Indian journal of veterinary science and animal husbandry - Volumes 24-25, 1954-1955
Year: 1954
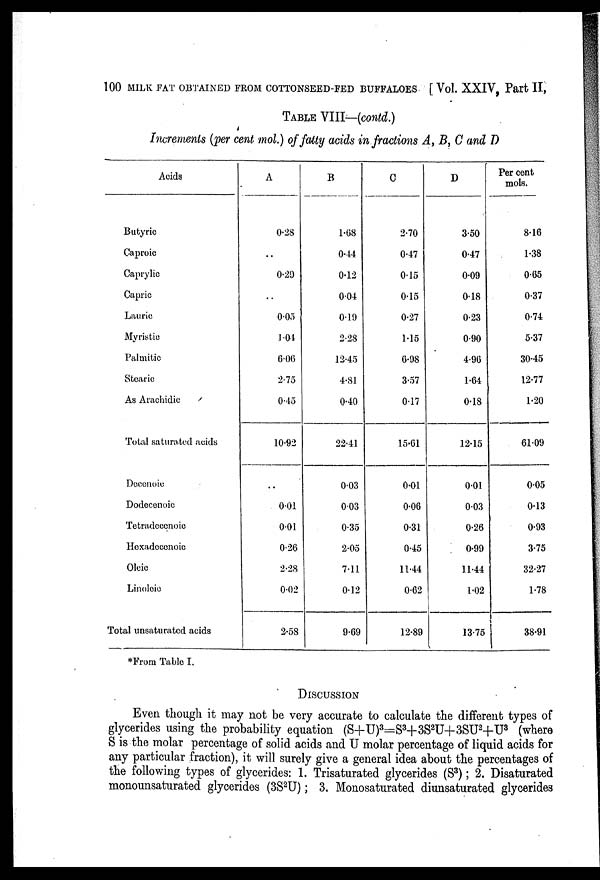
100 MILK FAT OBTAINED FROM COTTONSEED-FED BUFFALOES [Vol. XXIV, Part II,
TABLE VIII—(contd.)
Increments (per cent mol.) of fatty acids in fractions A, B, C and D
Acids
Butyric
Caproic
Caprylic
Capric
Laurie
Myristie
Palmitic
Stearic
As Arachidic
Total saturated acids
Decenoie
Dodecenoic
Tetradecenoic
Hexadecenoic
Oleic
Linoleic
Total unsaturated acids
A
0.28
..
0.29
..
0.05
1.04
6.06
2.75
0.45
10.92
..
0.01
0.01
0.26
2.28
0.02
2.58
B
1.68
0.44
0.12
0.04
0.19
2.28
12.45
4.81
0.40
22.41
0.03
0.03
0.35
2.05
7.11
0.12
9.69
C
2.70
0.47
0.15
0.15
0.27
1.15
6.98
3.57
0.17
15.01
0.01
0.06
0.31
0.45
11.44
0.62
12.89
D
3.50
0.47
0.09
0.18
0.23
0.90
4.90
1.64
0.18
12.15
0.01
0.03
0.26
0.99
11.44
1.02
13.75
Per cent
mols.
8.16
1.38
0.65
0.37
0.74
5.37
30.45
12.77
1.20
61.09
0.05
0.13
0.93
3.75
32.27
1.78
38.91
*From Table I.
DISCUSSION
Even though it may not be very accurate to calculate the different types of
glycerides using the probability equation (S+U) 3 =S 3 +3S 2 U+3SU 2 +U 3 (where
S is the molar percentage of solid acids and U molar percentage of liquid acids for
any particular fraction), it will surely give a general idea about the percentages of
the following types of glycerides: 1, Trisaturated glycerides (S 3 ); 2. Disaturated
monounsaturated glycerides (3S 2 U); 3. Monosaturated diunsaturated glycerides